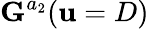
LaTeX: \mathbf{G}^{a_{2}}(\mathbf{u}=D)